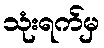
သုံးရက်မှ